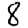
Digit: 8